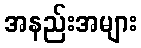
အနည်းအများ